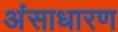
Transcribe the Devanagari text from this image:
अंसाधारण